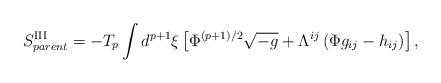
LaTeX: \begin{align*}S^{{\rm III}}_{parent}=-T_{p}\int d^{p+1}{\xi}\left[{\Phi}^{(p+1)/2}\sqrt{-g}+{\Lambda}^{ij}\left({\Phi}g_{ij}-h_{ij}\right)\right],\end{align*}